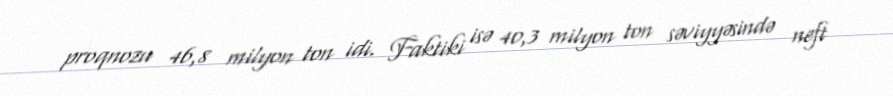
proqnozu 46,8 milyon ton idi. Faktiki isə 40,3 milyon ton səviyyəsində neft